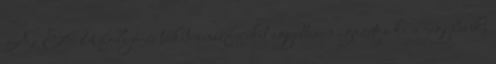
Az EU folyó-és tőketranszfereket együttesen igazítja ki a jegybank,